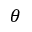
\theta